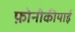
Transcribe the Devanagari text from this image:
फ़ोनीकीयाई